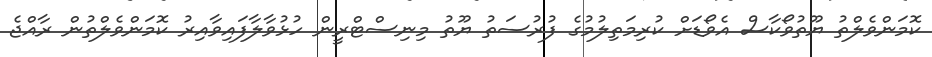
ކޮމަންވެލްތު ޔޫތުވޯކާސް އެވޯޑަށް ކުރިމަތިލުމުގެ ފުރުސަތު ޔޫތު މިނިސްޓްރީން ހުޅުވާލާފައިވާއިރު ކޮމަންވެލްތުން ރާއްޖެ